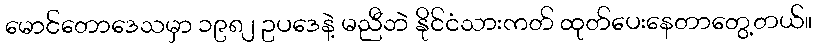
မောင်တောဒေသမှာ ၁၉၈၂ ဥပဒေနဲ့ မညီဘဲ နိုင်ငံသားကတ် ထုတ်ပေးနေတာတွေ့တယ်။